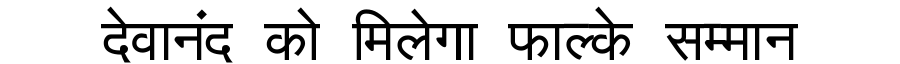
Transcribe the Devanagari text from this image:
देवानंद को मिलेगा फाल्के सम्मान